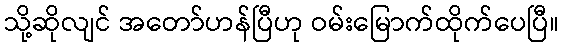
သို့ဆိုလျင် အတော်ဟန်ပြီဟု ဝမ်းမြောက်ထိုက်ပေပြီ။